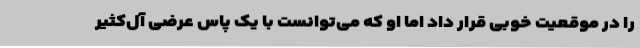
را در موقعیت خوبی قرار داد اما او که می‌توانست با یک پاس عرضی آل‌کثیر